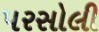
પરસોલી